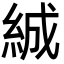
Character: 絾